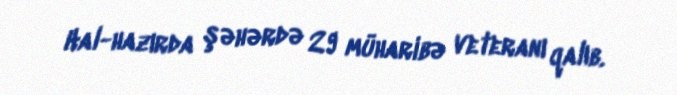
Hal-hazırda şəhərdə 29 müharibə veteranı qalıb.